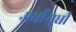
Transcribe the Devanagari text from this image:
अर्धीमुर्धी